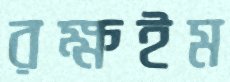
রক্ষইম